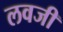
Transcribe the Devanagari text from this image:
लवजी